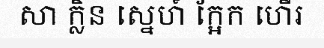
សា ក្លិន ស្នេហ៍ ក្អែក ហើរ